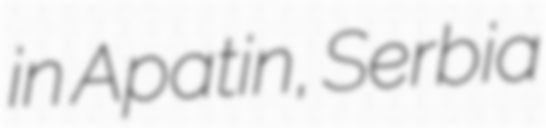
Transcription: in Apatin, Serbia